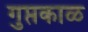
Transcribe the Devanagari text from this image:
गुप्तकाळ